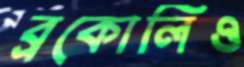
ব্রকোলিও